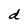
Character: d